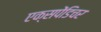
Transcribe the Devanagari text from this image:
एक्‍सपेंडिचर